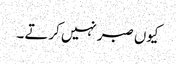
کیوں صبر نہیں کرتے ۔